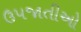
ઉપજાતીઓ